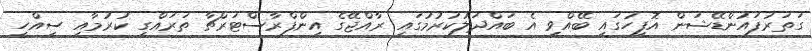
ގަތަރުފައުންޑޭޝަން އޮފީހުގައި ބޭއްވި އެ ބައްދަލުކުރުމުގައި ރާއްޖޭގެ އިންފްރާސްޓަރްޗާ ތަރައްގީ ކުރުމާއި ސިއްހީ